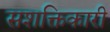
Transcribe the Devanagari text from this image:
सशक्तिकारी